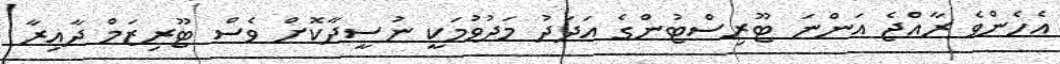
އެހެންވެ ރާއްޖެ އަންނަ ޓޫރިސްޓުންގެ އަދަދު މަދުވުމަކީ ނުސީދާކޮށް ވެސް ޓޫރިޒަމް ދާއިރާ